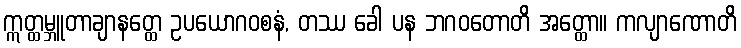
ဣတ္ထမ္ဘူတာချာနတ္ထေ ဥပယောဂဝစနံ, တဿ ခေါ ပန ဘဂဝတောတိ အတ္ထော။ ကလျာဏောတိ